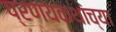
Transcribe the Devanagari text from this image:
प्रणयकथांच्या